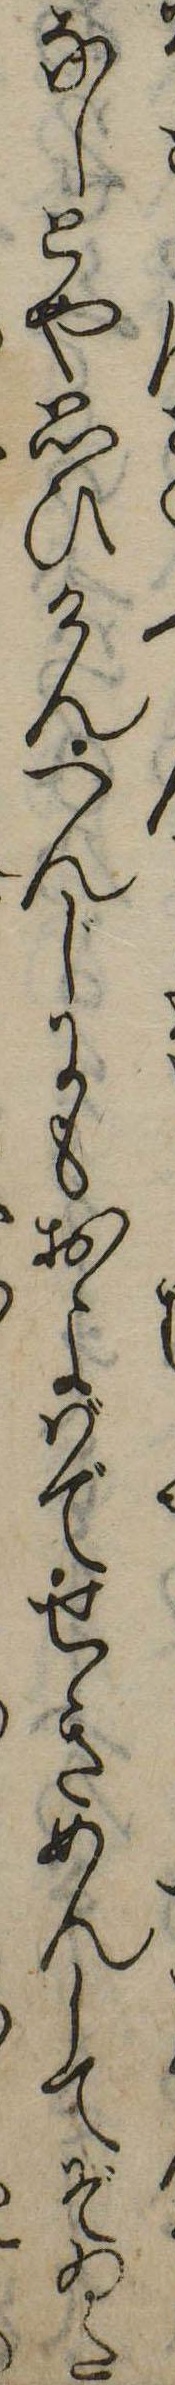
なしとや思ひけんへんじにもおよばでせきめんしてぞゐた